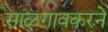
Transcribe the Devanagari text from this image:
साळगावकरने